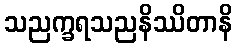
သညက္ခရသညနိဿိတာနိ